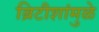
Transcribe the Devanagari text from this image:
ब्रिटीशांमुळे